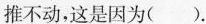
推不动，这是因为( ).